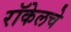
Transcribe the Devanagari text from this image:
रॉकेलचे